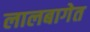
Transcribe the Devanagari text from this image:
लालबागेत